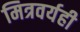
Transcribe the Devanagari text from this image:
मित्रवर्यही